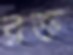
রক্ত